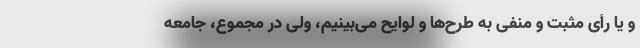
و یا رأی مثبت و منفی به طرح‌ها و لوایح می‌بینیم، ولی در مجموع، جامعه